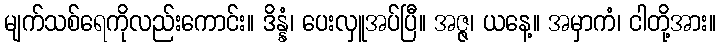
မျက်သစ်ရေကိုလည်းကောင်း။ ဒိန္နံ၊ ပေးလှူအပ်ပြီ။ အဇ္ဇ၊ ယနေ့။ အမှာကံ၊ ငါတို့အား။